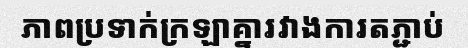
ភាពប្រទាក់ក្រឡាគ្នារវាងការតភ្ជាប់